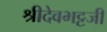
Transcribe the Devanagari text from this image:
श्रीदेवभट्टजी